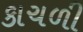
કાચળી